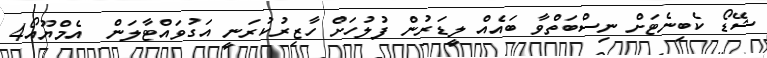
ޝޭޑޯ ކެބިނެޓަށް ނިސްބަތްވާ ބައެއް ލީޑަރުން ފުލުހަށް ހާޒިރުކުރަނީ އަގުވައްޓާލަން  އެމްޔޫއޯ4